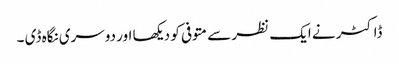
ڈاکٹر نے ایک نظر سے متوفی کو دیکھا اور دوسری نگاہ ڈی ۔